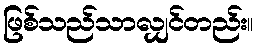
ဖြစ်သည်သာလျှင်တည်း။